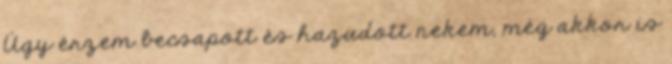
Úgy érzem becsapott és hazudott nekem, még akkor is